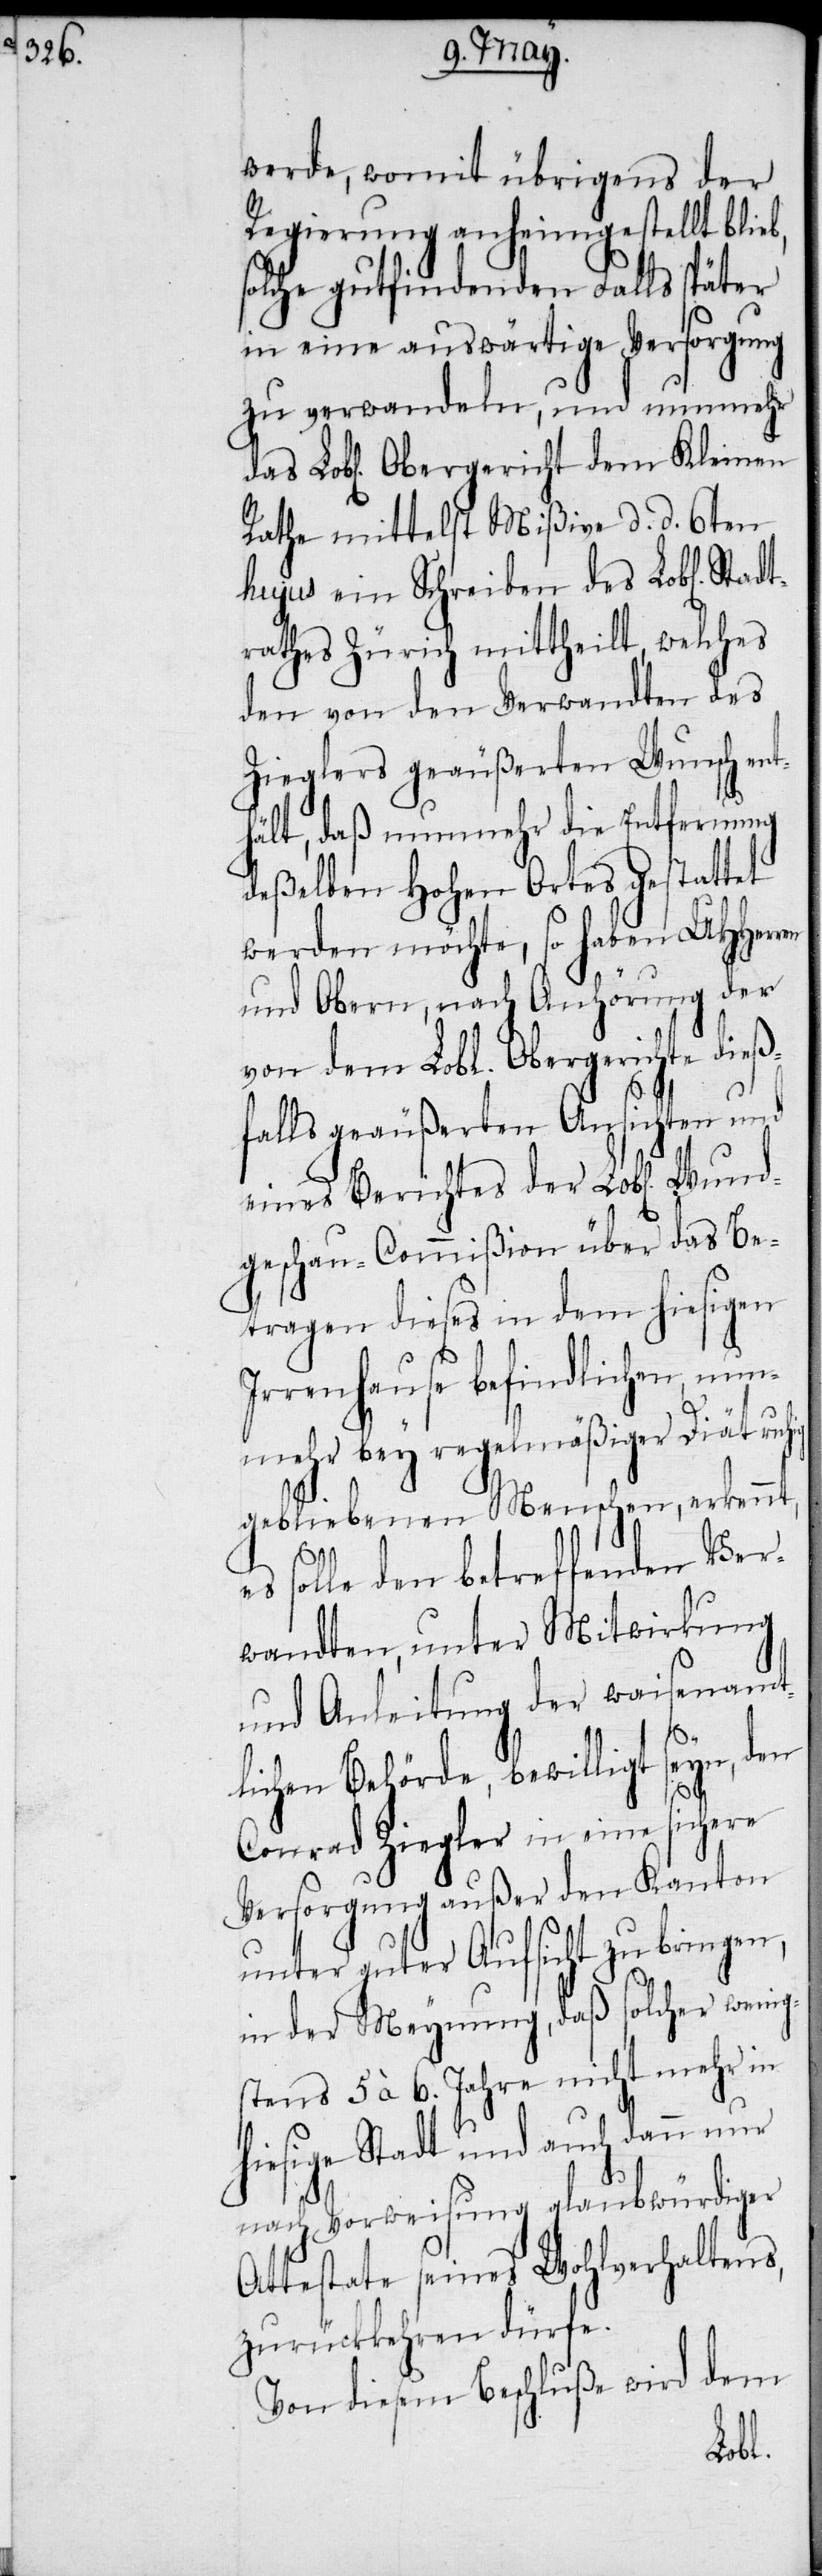
werde, womit übrigens der
Regierung anheimgestellt blieb,
solche gutfindenden Falls später
in eine auswärtige Versorgung
zu verwandeln, und nunmehr
Rathe mittelst Mißive d. d. 6ten
hujus ein Schreiben des Lobl[ichen]
trathes Zürich mittheilt, welches
den von den Verwandten des
Zieglers geäußerten Wunsch ent¬
hält, daß nunmehr die Entfernung
deßelben Hohen Ortes gestattet
werden möchte, so haben UHHerr¬
und Obern, nach Anhörung der
von dem Lobl. Obergerichte dieß¬
falls geäußerten Ansichten und
eines Berichtes der Lobl[ichen]
geschau-Commißion über das Be¬
tragen dieses in dem hiesigen
Irrenhause befindlichen, nun¬
mehr bey regelmäßiger Diät
gebliebenen Menschen, erkennt,
es solle den betreffenden Ver¬
wandten, unter Mitwirkung
und Anleitung der waisenamt¬
lichen Behörde, bewilligt seyn,
Conrad Ziegler in eine sichere
Versorgung außer den Kanton
unter guter Aufsicht zu bringen,
in der Meynung, daß solcher wenig¬
stens 5 à 6. Jahre nicht mehr in
hiesige Stadt und auch dann nur
nach Vorweisung glaubwürdiger
Attestate seines Wohlverhaltens,
zurückkehren dürfe.
Von diesem Beschluße wird dem
Wund¬